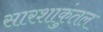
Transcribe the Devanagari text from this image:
सारशाकुंतल